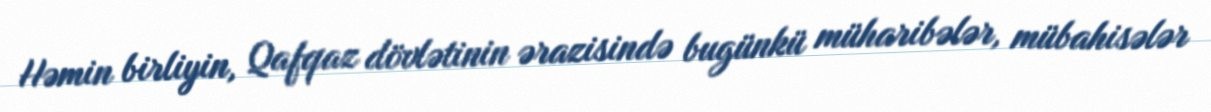
Həmin birliyin, Qafqaz dövlətinin ərazisində bugünkü müharibələr, mübahisələr